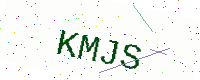
Text: KMJS